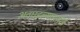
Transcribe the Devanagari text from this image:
अवघडल्यासारखे